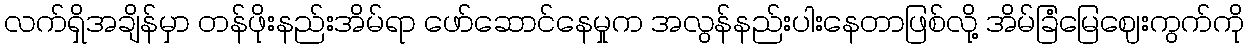
လက်ရှိအချိန်မှာ တန်ဖိုးနည်းအိမ်ရာ ဖော်ဆောင်နေမှုက အလွန်နည်းပါးနေတာဖြစ်လို့ အိမ်ခြံမြေဈေးကွက်ကို